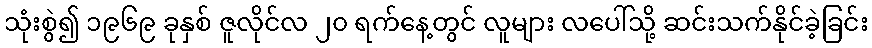
သုံးစွဲ၍ ၁၉၆၉ ခုနှစ် ဇူလိုင်လ ၂၀ ရက်နေ့တွင် လူများ လပေါ်သို့ ဆင်းသက်နိုင်ခဲ့ခြင်း